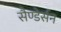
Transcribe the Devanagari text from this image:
सैण्डेर्सन